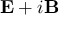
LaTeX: \mathbf { E } + i \mathbf { B }